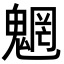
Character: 魍